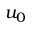
u _ { 0 }